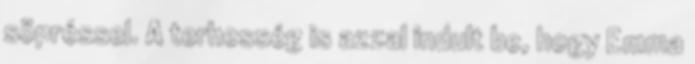
söpréssel. A terhesség is azzal indult be, hogy Emma